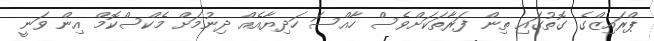
ޕްރައިޒްގެ ގޮތުގައި ތިން ފަރާތަކަށްވެސް ހާއްސަ ހަދިޔާއެއް ދިނުމަށް މެކްސްކޮމް އިން ވަނީ